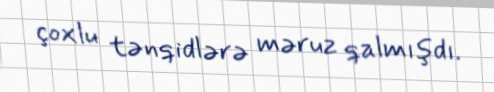
çoxlu tənqidlərə məruz qalmışdı.